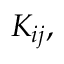
K _ { i j } ,